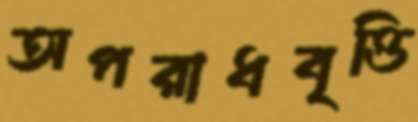
অপরাধবৃত্তি